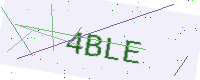
Text: 4BLE